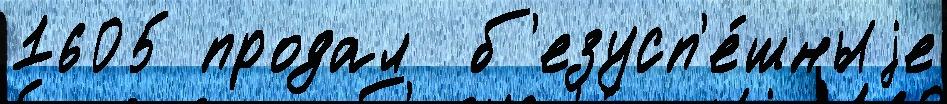
1605 продал  б'езусп'е́шныjе